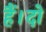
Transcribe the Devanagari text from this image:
हैं।दो